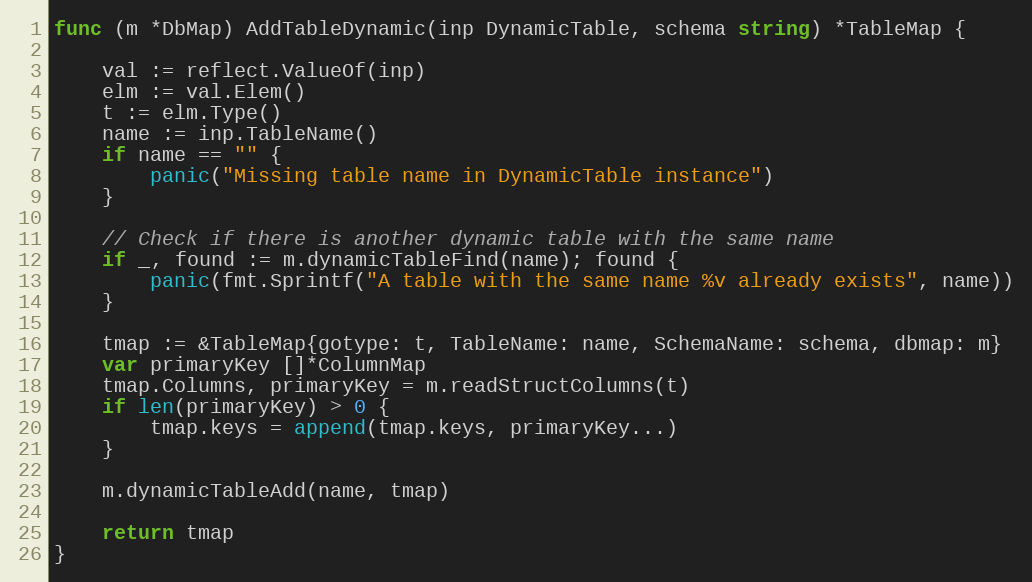
Language: Go
func (m *DbMap) AddTableDynamic(inp DynamicTable, schema string) *TableMap {

	val := reflect.ValueOf(inp)
	elm := val.Elem()
	t := elm.Type()
	name := inp.TableName()
	if name == "" {
		panic("Missing table name in DynamicTable instance")
	}

	// Check if there is another dynamic table with the same name
	if _, found := m.dynamicTableFind(name); found {
		panic(fmt.Sprintf("A table with the same name %v already exists", name))
	}

	tmap := &TableMap{gotype: t, TableName: name, SchemaName: schema, dbmap: m}
	var primaryKey []*ColumnMap
	tmap.Columns, primaryKey = m.readStructColumns(t)
	if len(primaryKey) > 0 {
		tmap.keys = append(tmap.keys, primaryKey...)
	}

	m.dynamicTableAdd(name, tmap)

	return tmap
}